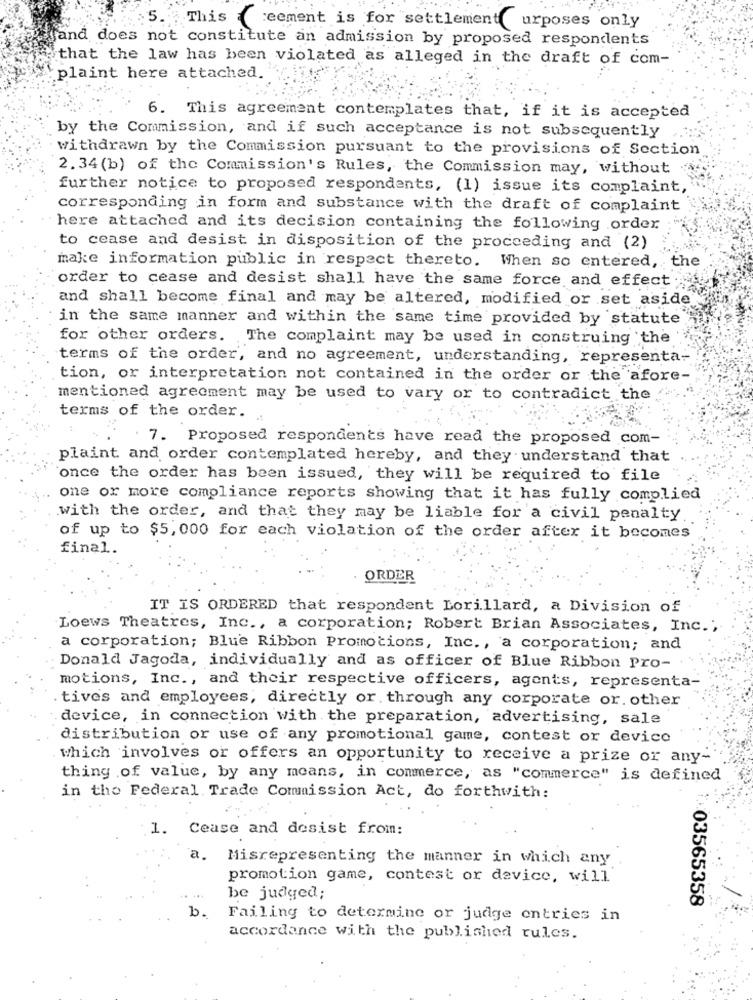
5. This
eement is for settlement urposes only
jand does not constitute an admission by proposed respondents
that the law has been violated as alleged in the draft of com-
plaint here attached.
6. This agreement contemplates that, if it is accepted
by the Commission, and if such acceptance is not subsequently
withdrawn by the Commission pursuant to the provisions of Section
2.34(b) of the Commission's Rules, the Commission may, without
further notice to proposed respondents, (1) issue its complaint,
corresponding in form and substance with the draft of complaint
here attached and its decision containing the following order
to cease and desist in disposition of the proceeding and (2)
make information public in respect thereto. When so entered, the
order to cease and desist shall have the same force and effect ;
and shall become final and may be altered, modified or set aside
in the same manner and within the same time provided by statute
for other orders. The complaint may be used in construing the
terms of the order, and no agreement, understanding, representa-
tion, or interpretation not contained in the order or the afore-
mentioned agreement may be used to vary or to contradict the
terms of the order.
7. Proposed respondents have read the proposed com-
plaint and order contemplated hereby, and they understand that
once the order has been issued, they will be required to file
one or more compliance reports showing that it has fully complied
with the order, and that they may be liable for a civil penalty
of up to $5,000 for each violation of the order after it becomes
final.
ORDER
IT IS ORDERED that respondent Lorillard, a Division of .
Loews Theatres, Inc ., a corporation; Robert Brian Associates, Inc."
a corporation; Blue Ribbon Promotions, Inc ., a corporation; and
Donald Jagoda, individually and as officer of Blue Ribbon Pro-
motions, Inc ., and their respective officers, agents, representa-
tives and employees, directly or. through any corporate or. other
device, in connection with the preparation, advertising, sale
distribution or use of any promotional game, contest or device
which involves or offers an opportunity to receive a prize or any-
thing of value, by any means, in commerce, as "commerce" is defined
in the Federal Trade Commission Act, do forthwith:
.1. Cease and desist from:
a.
Misrepresenting the manner in which any
promotion game, contest or device, will
be judged;
.03565358
b.
Failing to determine or judge entries in
accordance with the published rules.